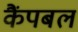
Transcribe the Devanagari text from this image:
कैंपबल